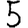
Digit: 5